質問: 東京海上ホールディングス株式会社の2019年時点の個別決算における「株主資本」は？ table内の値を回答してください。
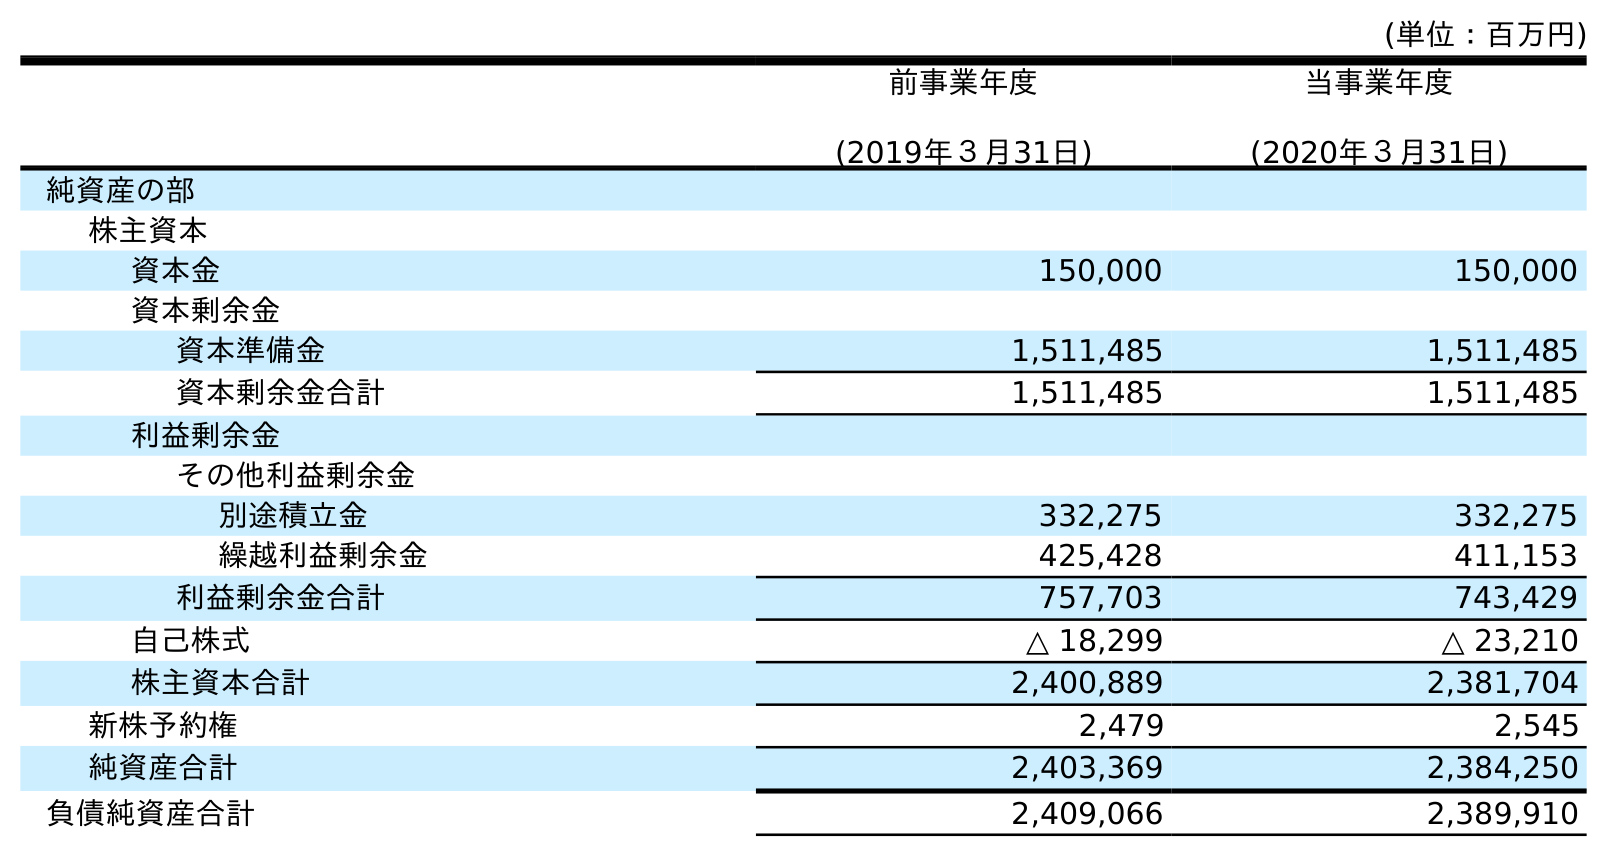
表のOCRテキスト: (単位：百万円) 前事業年度 (2019年３月31日) 当事業年度 (2020年３月31日) 純資産の部 株主資本 資本金 150,000 150,000 資本剰余金 資本準備金 1,511,485 1,511,485 資本剰余金合計 1,511,485 1,511,485 利益剰余金 その他利益剰余金 別途積立金 332,275 332,275 繰越利益剰余金 425,428 411,153 利益剰余金合計 757,703 743,429 自己株式 △ 18,299 △ 23,210 株主資本合計 2,400,889 2,381,704 新株予約権 2,479 2,545 純資産合計 2,403,369 2,384,250 負債純資産合計 2,409,066 2,389,910
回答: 2,400,889